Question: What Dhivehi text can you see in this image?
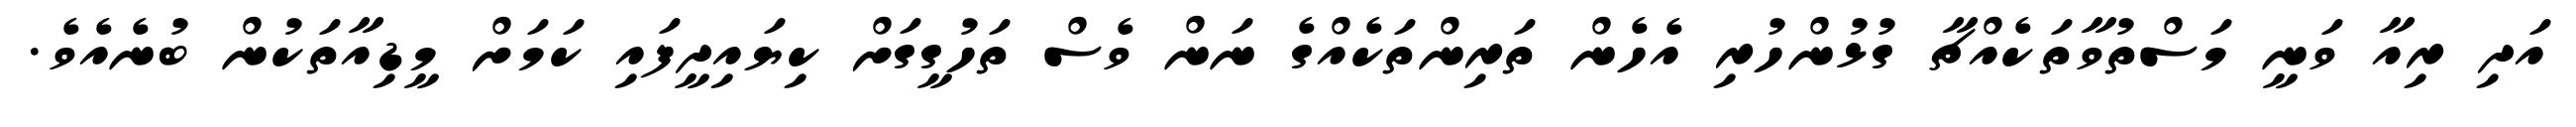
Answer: އަދި ރިއާ ވަނީ މަސްތުވާތަކެއްޗާ ގުޅުންހުރި އެހެން ތަރިންތަކެއްގެ ނަން ވެސް ތަހުގީގަށް ކިޔައިދީފައި ކަމަށް މީޑިއާތަކުން ބުނެއެވެ.